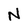
Character: N